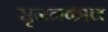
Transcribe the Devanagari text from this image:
सृजनकाल